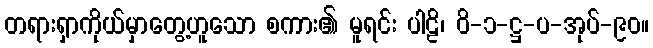
တရားရှာကိုယ်မှာတွေ့ဟူသော စကား၏ မူရင်း ပါဠိ၊ ဝိ-၁-ဋ္ဌ-ပ-အုပ်-၉၀။